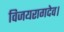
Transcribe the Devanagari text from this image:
विजयरागदेव।